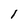
Character: l